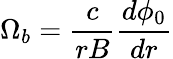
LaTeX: \Omega_{b}=\frac{c}{rB}\frac{d\phi_{0}}{dr}